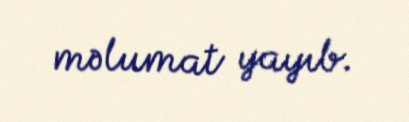
məlumat yayıb.